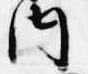
内